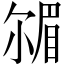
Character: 𡮠